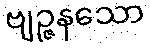
ဗျဉ္ဇနသော